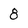
Character: 8